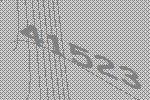
41523